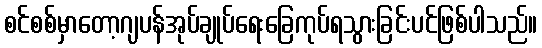
စင်စစ်မှာတော့ဂျပန်အုပ်ချုပ်ရေးခြေကုပ်ရသွားခြင်းပင်ဖြစ်ပါသည်။